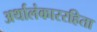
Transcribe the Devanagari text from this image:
अर्थालंकाररहिता